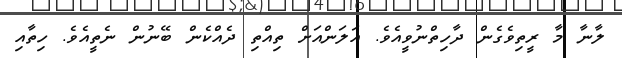
ލާނާ މާ ރީތިވެގެން ދާހިތްނުވީއެވެ. އަލަންއަށް ތިއްތި ދެއްކެން ބޭނުން ނެތީއެވެ. ހިތާއި